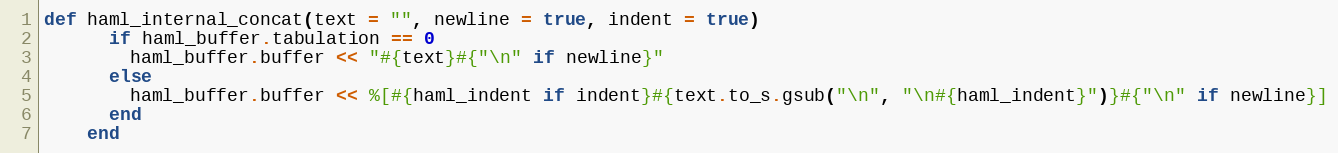
Language: Ruby
def haml_internal_concat(text = "", newline = true, indent = true)
      if haml_buffer.tabulation == 0
        haml_buffer.buffer << "#{text}#{"\n" if newline}"
      else
        haml_buffer.buffer << %[#{haml_indent if indent}#{text.to_s.gsub("\n", "\n#{haml_indent}")}#{"\n" if newline}]
      end
    end